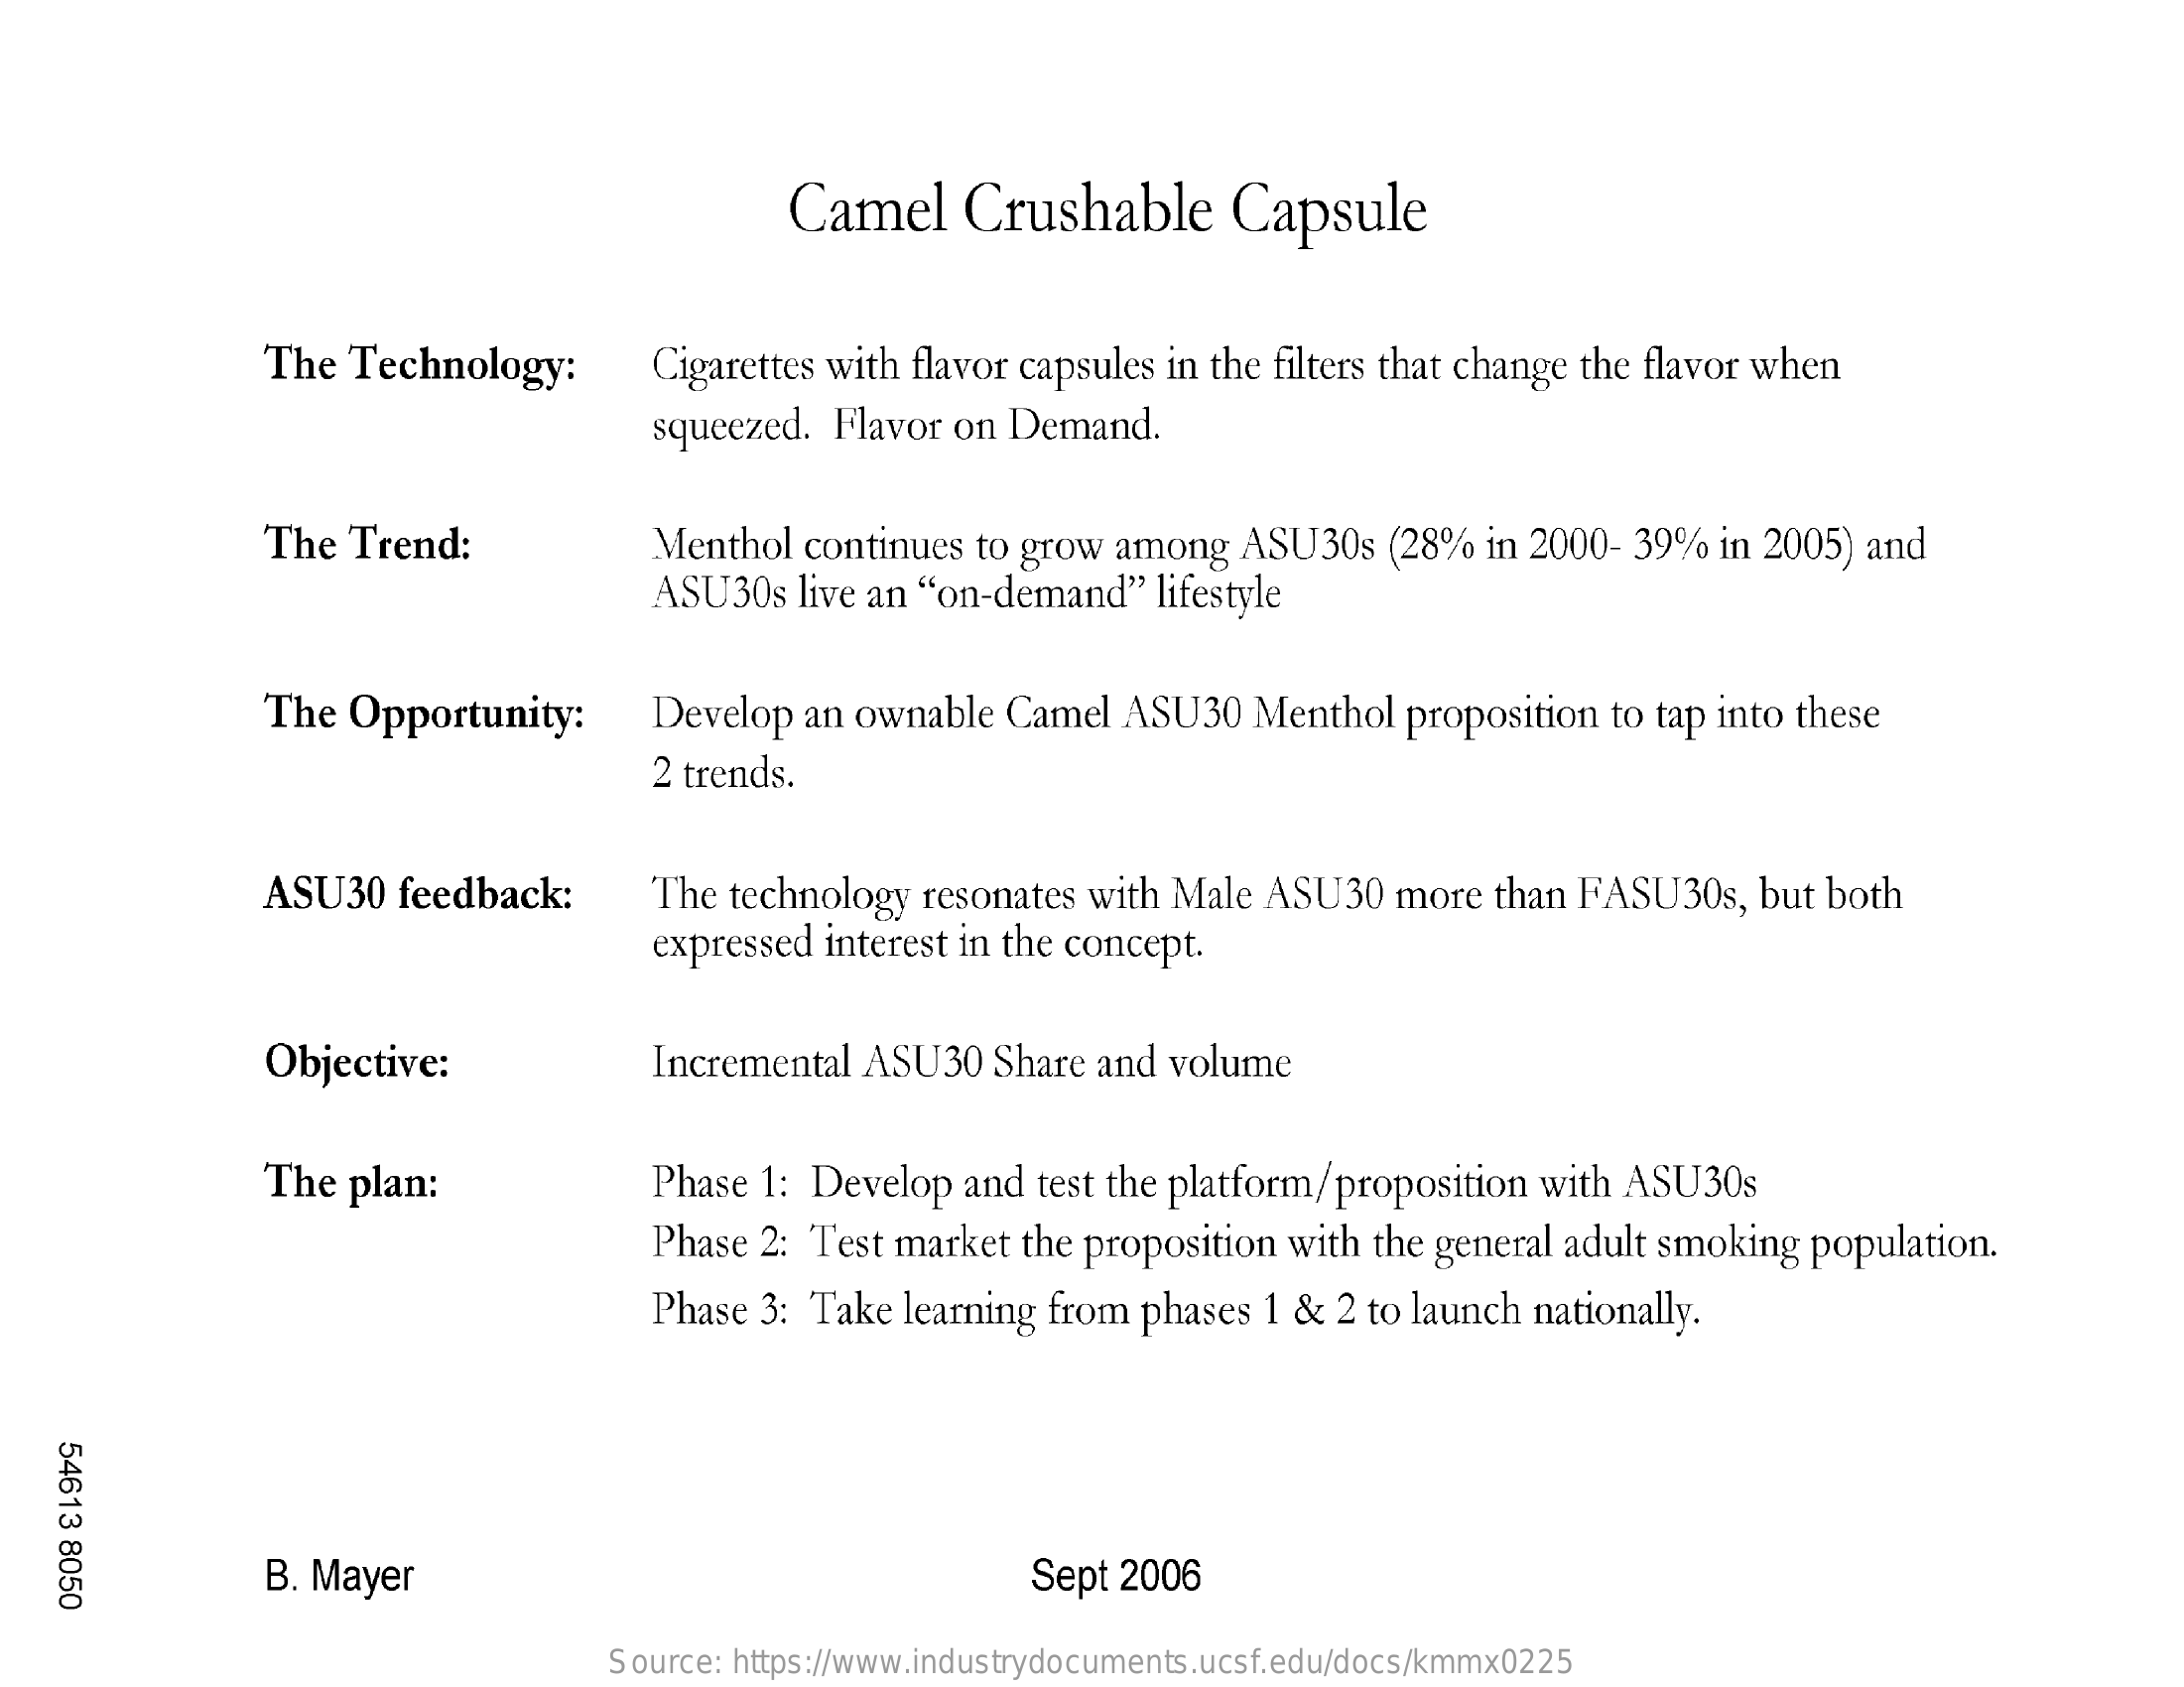
Camel    Crushable    Capsule
     The Technology:    Cigarettes with flavor capsules in the filters that change the flavor when
     squeezed. Flavor on Demand.
     The Trend:    Menthol continues to grow among ASU30s (28% in 2000- 39% in 2005) and
     ASU30s live an "on-demand" lifestyle
     The Opportunity:   Develop an ownable Camel ASU30 Menthol proposition to tap into these
     2 trends.
     ASU30 feedback:    The technology resonates with Male ASU30 more than FASU30s, but both
     expressed interest in the concept.
     Objective:    Incremental ASU30 Share and volume
     The plan:    Phase 1: Develop and test the platform/proposition with ASU30s
     Phase 2: Test market the proposition with the general adult smoking population.
     Phase 3: Take learning from phases 1 & 2 to launch nationally.
   54613
   8050    B. Mayer    Sept 2006
     Source: https://www.industrydocuments.ucsf.edu/docs/kmmx0225